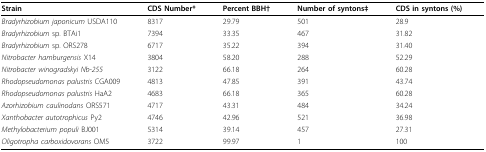
| Strain | CDS Number* | Percent BBH† | Number of syntons‡ | CDS in syntons (%) |
 | --- | --- | --- | --- | --- |
 | Bradyrhizobium japonicum USDA110 | 8317 | 29.79 | 501 | 28.9 |
 | Bradyrhizobium sp. BTAi1 | 7394 | 33.35 | 467 | 31.82 |
 | Bradyrhizobium sp. ORS278 | 6717 | 35.22 | 394 | 31.40 |
 | Nitrobacter hamburgensis X14 | 3804 | 58.20 | 288 | 52.29 |
 | Nitrobacter winogradskyi Nb-255 | 3122 | 66.18 | 264 | 60.28 |
 | Rhodopseudomonas palustris CGA009 | 4813 | 47.85 | 391 | 43.74 |
 | Rhodopseudomonas palustris HaA2 | 4683 | 66.18 | 365 | 60.28 |
 | Azorhizobium caulinodans ORS571 | 4717 | 43.31 | 484 | 34.24 |
 | Xanthobacter autotrophicus Py2 | 4746 | 42.96 | 521 | 36.98 |
 | Methylobacterium populi BJ001 | 5314 | 39.14 | 457 | 27.31 |
 | Oligotropha carboxidovorans OM5 | 3722 | 99.97 | 1 | 100 |